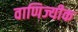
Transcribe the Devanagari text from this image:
वाणिज्यीक